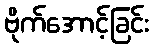
ဗိုက်အောင့်ခြင်း